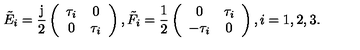
{ \tilde { E } } _ { i } = \frac { \mathrm { j } } { 2 } \left( \begin{array} { c c } { \tau _ { i } } & { 0 } \\ { 0 } & { \tau _ { i } } \\ \end{array} \right) , { \tilde { F } } _ { i } = \frac { 1 } { 2 } \left( \begin{array} { c c } { 0 } & { \tau _ { i } } \\ { - \tau _ { i } } & { 0 } \\ \end{array} \right) , i = 1 , 2 , 3 .